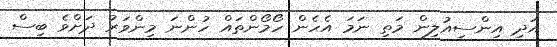
އަދި އިންސިއުލިން މަތި ނަމަ އެހެން ހޯމޯންތައް ހުންނަ މިންވަރު ދަށްވެ ބިސް